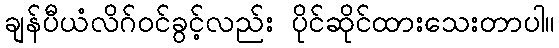
ချန်ပီယံလိဂ်ဝင်ခွင့်လည်း ပိုင်ဆိုင်ထားသေးတာပါ။